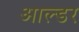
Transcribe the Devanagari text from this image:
आल्डर